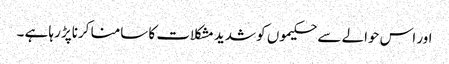
اور اس حوالے سے حکیموں کو شدید مشکلات کا سامنا کرناپڑ رہا ہے ۔